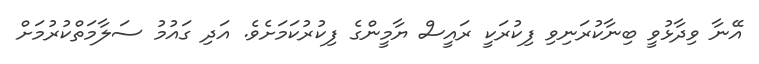
އޭނާ ވިދާޅުވީ ބިނާކުރަނިވި ފިކުރަކީ ރައީސް ޔާމީންގެ ފިކުރުކަމަށެވެ. އަދި ގައުމު ސަލާމަތްކުރުމަށް